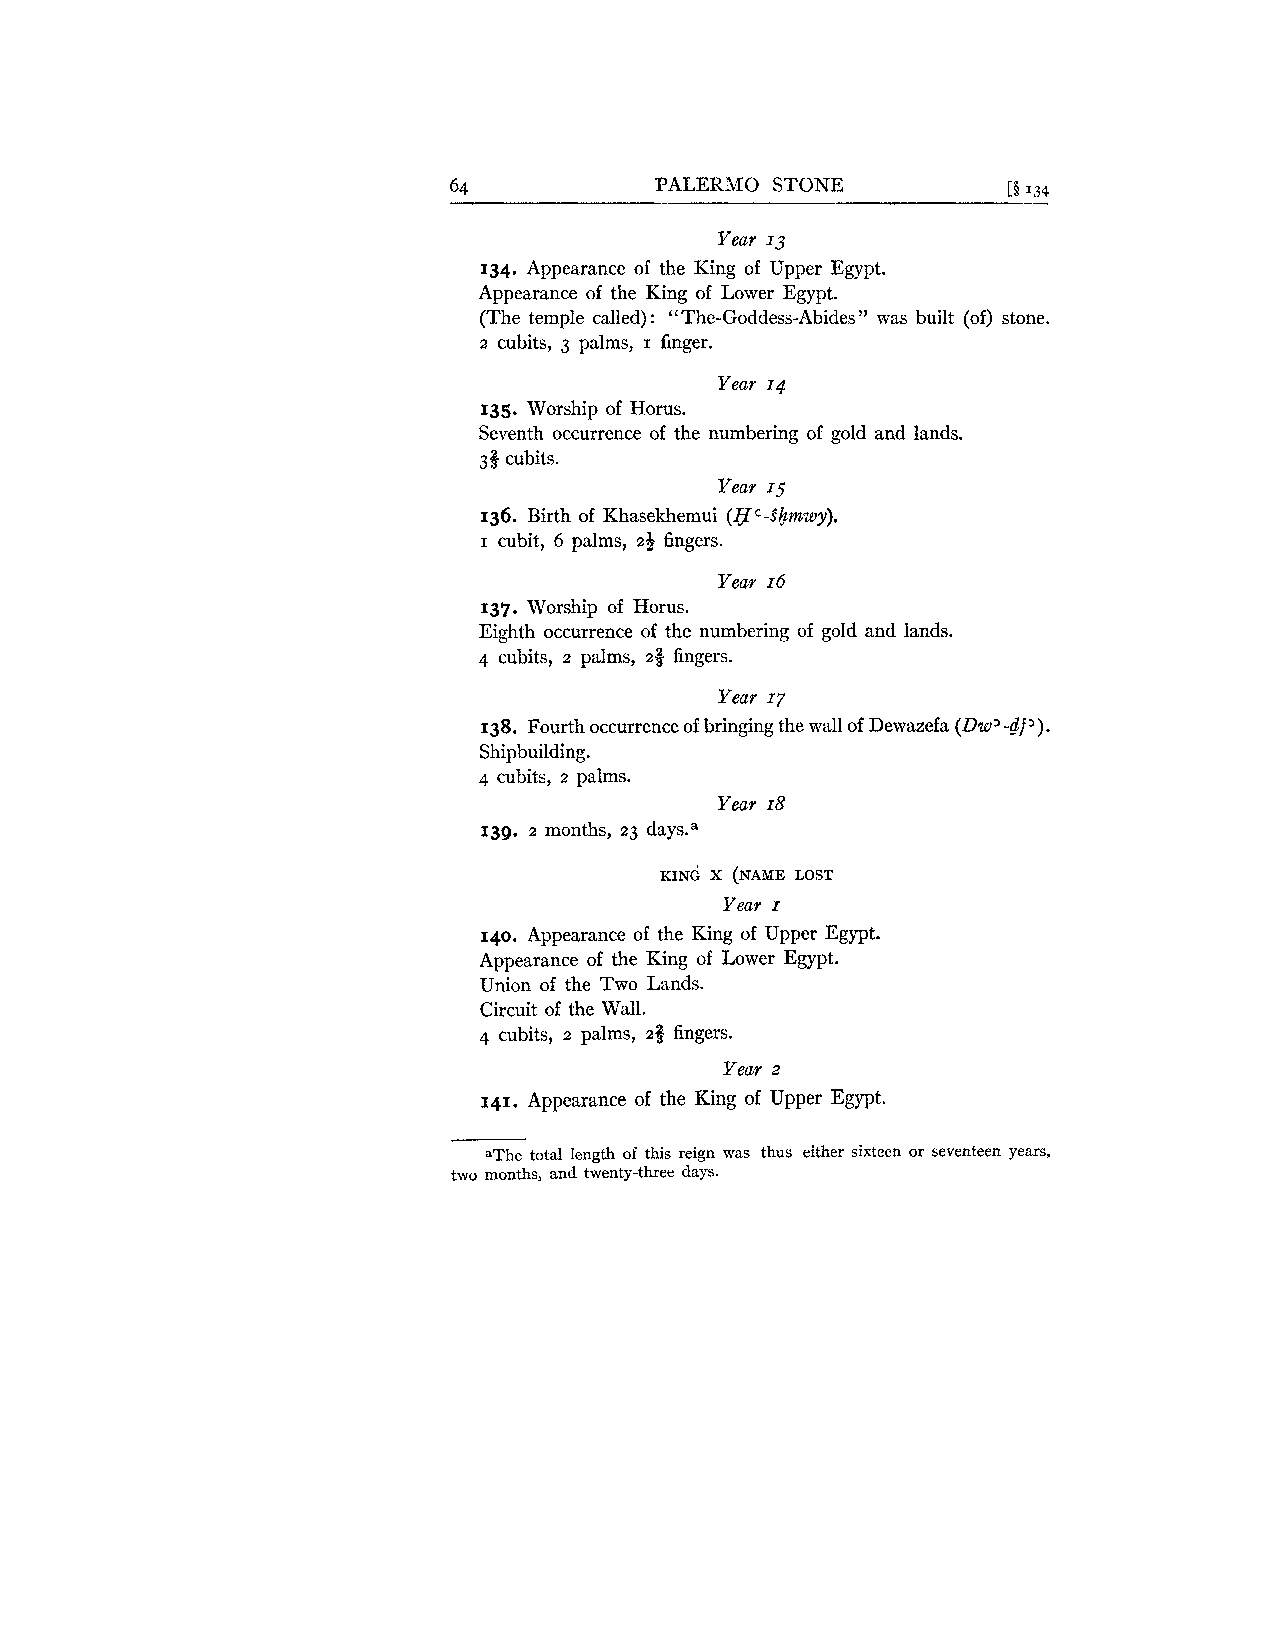
64           PALERMO STONE           11 134
 Year 13
 134. Appearance of the King of Upper Egypt.
 Appearance of the King of Lower Egypt.
 (The temple called) : " The-Goddess-Abides " was built (of) stone.
 2 cubits, 3 palms, I finger.
 Year 14
 135. Worship of Horus.
 Seventh occurrence of the numbering of gold and lands.
 33 cubits.
 Year 15
 136. Birth of Khasekhemui (HC-Sbmwy).
 I cubit, 6 palms, 2$ fingers.
 Year 16
 137. Worship of Horus.
 Eighth occurrence of the numbering of gold and lands.
 4 cubits, 2 palms, 23 fingers.
 Year 17
 138. Fourth occurrence of bringing the wall of Dewazefa (Dw'-dl2).
 Shipbuilding.
 4 cubits, 2 palms.
 Year 18
 139. 2 months, 23 days.a
 KING x (NAMEL OST
 Year I
 140. Appearance of the King of Upper Egypt.
 Appearance of the King of Lower Egypt.
 Union of the Two Lands.
 Circuit of the Wall.
 4 cubits, 2 palms, 23 fingers.
 Year 2
 141. Appearance of the King of Upper Egypt.
 aThe total length of this reign was thus either sixteen or seventeen years,
 two months, and twenty-three days.